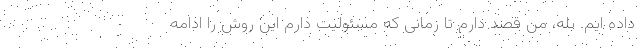
داده ایم. بله، من قصد دارم تا زمانی که مسئولیت دارم این روش را ادامه